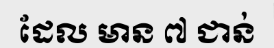
ដែល មាន ៧ ជាន់